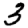
Digit: 3